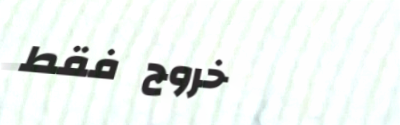
خروج فقط